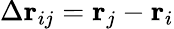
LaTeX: \Delta\mathbf{r}_{ij}=\mathbf{r}_{j}-\mathbf{r}_{i}